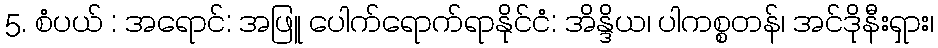
5. စံပယ် : အရောင်: အဖြူ ပေါက်ရောက်ရာနိုင်ငံ: အိန္ဒိယ၊ ပါကစ္စတန်၊ အင်ဒိုနီးရှား၊